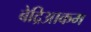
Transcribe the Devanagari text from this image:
बेद्रिआकम